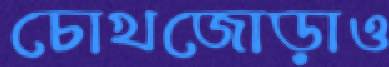
চোখজোড়াও